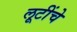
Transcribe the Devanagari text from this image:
लूटींचे